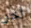
آخر